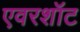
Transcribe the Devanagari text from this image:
एवरशॉट